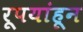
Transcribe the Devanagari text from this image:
रूपयांहून